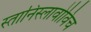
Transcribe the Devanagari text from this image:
स्तानिस्लावोविच